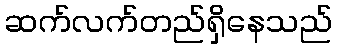
ဆက်လက်တည်ရှိနေသည်